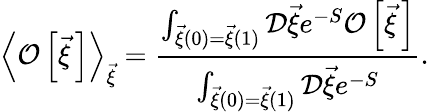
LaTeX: \left<{\cal O}\left[\vec{\xi}{\, }\right]\right>_{\vec{\xi}}=\frac{\int_{\vec{\xi}(0)=\vec{\xi}(1)}^{}{\cal D}\vec{\xi}e^{-S}{\cal O}\left[\vec{\xi}{\, }\right]}{\int_{\vec{\xi}(0)=\vec{\xi}(1)}^{}{\cal D}\vec{\xi}e^{-S}}.